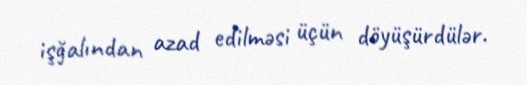
işğalından azad edilməsi üçün döyüşürdülər.